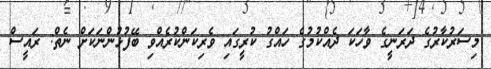
މިސަރުކާރުގެ ދަރަނީގެ ވާހަކަ ދެއްކުމުގެ ހައްގު ކުރީގައި ވެރިކަންކުރެއްވި ބޭފުޅުންނަކަށް ނެތް: ރައީސް